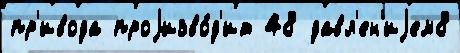
пр'ивода проjизво́д'ит 48 давл'ен'иjем8